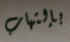
بإلتهاب